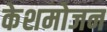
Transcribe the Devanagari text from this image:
केशमोजन